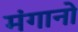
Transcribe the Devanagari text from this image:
मंगानो